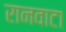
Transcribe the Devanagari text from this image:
रानवाटा